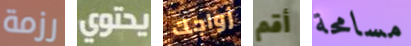
رزمة يحتوي زواجك أقم مسامحة